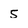
Character: 5